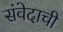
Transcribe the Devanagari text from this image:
संवेदाची